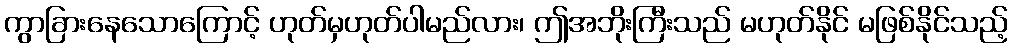
ကွာခြားနေသောကြောင့် ဟုတ်မှဟုတ်ပါမည်လား၊ ဤအဘိုးကြီးသည် မဟုတ်နိုင် မဖြစ်နိုင်သည့်